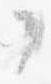
了